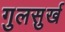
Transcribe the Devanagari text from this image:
गुलसुर्ख